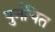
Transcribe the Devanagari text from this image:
पुर्नचित